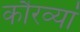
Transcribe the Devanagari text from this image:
कौरव्यां